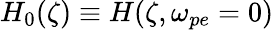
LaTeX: H_{0}(\zeta)\equiv H(\zeta,\omega_{pe}=0)